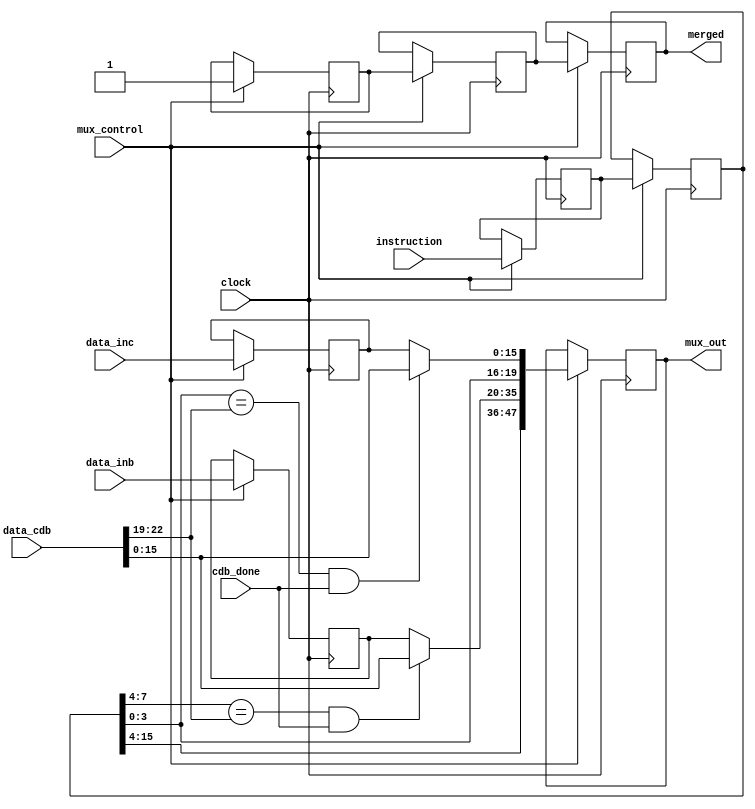



module mux_merge(clock, instruction, cdb_done, data_cdb, mux_control, data_inb, data_inc, mux_out, merged);

input clock;
input [15:0]instruction;
input [15:0] data_inb;
input [15:0] data_inc;
input mux_control;
input cdb_done;
input [22:00] data_cdb;

output [47:0] mux_out;
output merged;

reg [15:0] temp_inb;
reg [15:0] temp_inc;



reg [47:0] step_2;
reg [15:0] step_1;
reg [15:0] step_0;

reg merged_0;
reg merged_1;
reg merged_2;

always @(posedge clock) begin
   if(mux_control) begin
	
		   // Com os dados em memoria, step 3 concatena tudo no formato base da memoria da 
			// estacao de reserva
			// o if com cdb_done e uma interceptacao de escrita da ula no mux_control
			// verifica se o dado que acabou de ser lido pelo mux no banco de registradores
			// esta' sendo alterado na ula, de forma que, em caso positivo, o valor dos registadores
			// e' alterado direatamente pela saida da ula, garanteindo que chegue os dados atualizados
			// na estacao de reserva
			if(step_1[07:04] == data_cdb[22:19] && cdb_done)
				temp_inb = data_cdb[15:00];
			if(step_1[03:00] == data_cdb[22:19] && cdb_done)
				temp_inc = data_cdb[15:00];
			step_2 = {step_1[15:12],step_1[11:08],step_1[07:04],temp_inb,step_1[03:00],temp_inc};
			merged_2 = merged_1;
			// step 1 <- Devido ao tempo de leitura dos registradores, stpe 1, move a instrucao
			// da cache para outro registrador e salva a resposta do banco de registradores
			step_1 = step_0;
			temp_inb  = data_inb;
			temp_inc  = data_inc;
			merged_1 = merged_0;
			// step 0 <- salva em cache a instrucao vinda da heap
			step_0 = instruction;
			merged_0 = mux_control;
	end

end


assign mux_out = step_2;
assign merged = merged_2;
endmodule


/*
if(async && mux_control) begin
		//         
		mux_out = {temp_op, temp_a, temp_b, data_inb, temp_c, data_inc};
		async   = !async;
	end
	if(!async && mux_control) begin
		temp_op = instruction[15:12];
		temp_a  = instruction[11:08];
		temp_b  = instruction[07:04];
		temp_c  = instruction[03:00];
		async = !async;
	end


*/